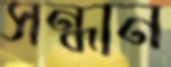
সন্ধান